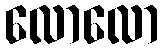
လောလော